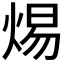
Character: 焬